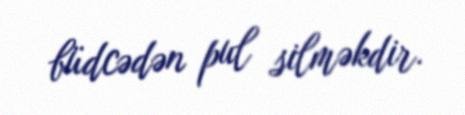
büdcədən pul silməkdir.